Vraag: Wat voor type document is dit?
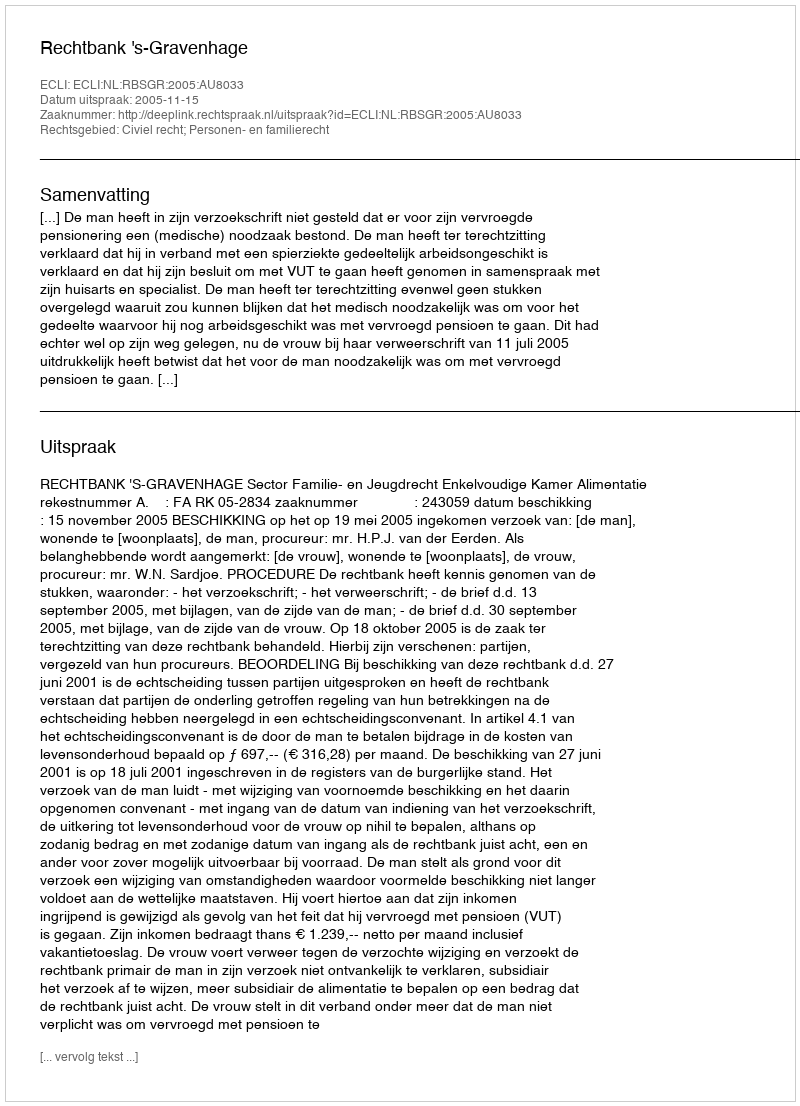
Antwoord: Uitspraak